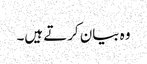
وہ بیان کرتے ہیں۔